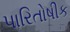
પારિતોષીક